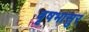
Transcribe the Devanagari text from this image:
वृषभासुर